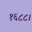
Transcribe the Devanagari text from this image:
१६८८।